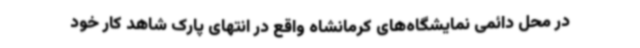
در محل دائمی نمایشگاه‌های کرمانشاه واقع در انتهای پارک شاهد کار خود